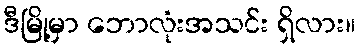
ဒီမြို့မှာ ဘောလုံးအသင်း ရှိလား။